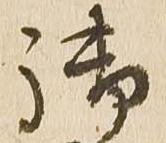
御